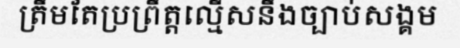
ត្រឹមតែប្រព្រឹត្តល្មើសនឹងច្បាប់សង្គម